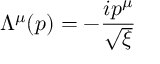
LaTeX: \Lambda ^ { \mu } ( p ) = - { \frac { i p ^ { \mu } } { \sqrt { \xi } } }